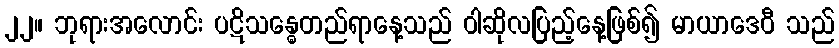
၂၂။ ဘုရားအလောင်း ပဋိသန္ဓေတည်ရာနေ့သည် ဝါဆိုလပြည့်နေ့ဖြစ်၍ မာယာဒေဝီ သည်